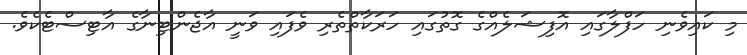
މި ކައިވެނި ހަފްލާގައި އޮފިޝަލެއްގެ ގޮތުގައި ހަރަކާތްތެރި ވެފައި ވަނީ އާޖެންޓިނާގެ އާޓިސްޓެކެވެ.